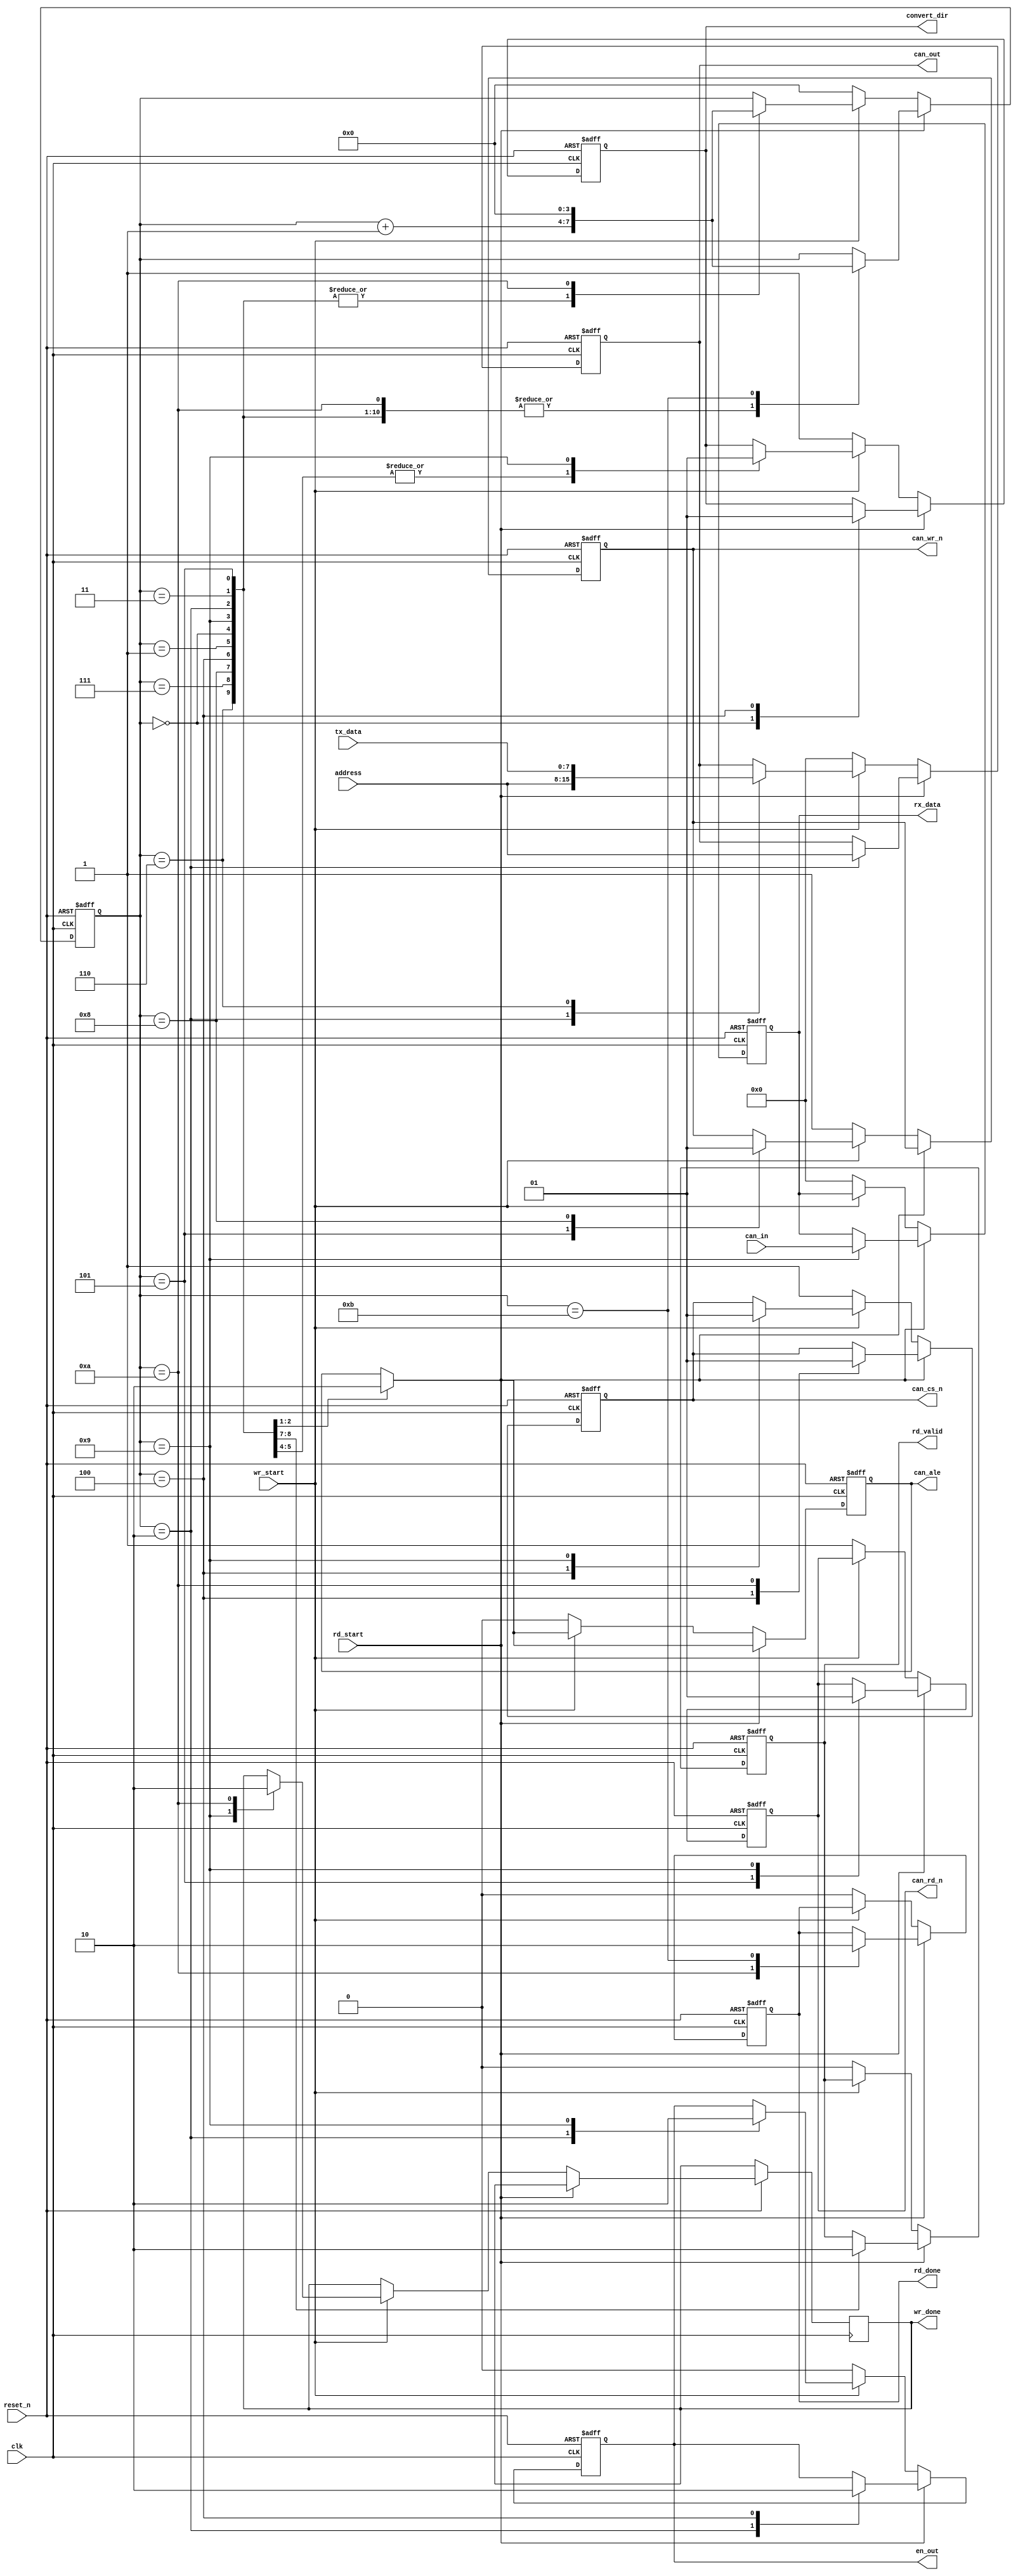
module can_rw(
	input		clk,
	input 		reset_n,
	input		rd_start,
	input		wr_start,
	input[7:0]	address,
	input[7:0]	tx_data,
	
	input[7:0]	can_in,
	output reg[7:0]	rx_data,
	output reg		en_out,		//˫Ǹ̬
	output reg[7:0]	can_out,
	output reg		rd_valid,
	output reg		convert_dir,
	output reg 		can_ale,
	output reg 		can_wr_n,can_rd_n,can_cs_n,
	
	//output reg 		can_rst,
	
	output reg		rd_done,wr_done
    );
	
	reg[3:0] 	op_state;
	
	always @ (posedge clk or negedge reset_n)
		if(!reset_n)
			begin
			op_state		<= 4'd0;
			convert_dir		<= 1'b1;
			en_out			<= 1'b0;
			can_out			<= 8'd0;
			can_ale			<= 1'b0;
			can_cs_n		<= 1'b1;
			can_rd_n		<= 1'b1;
			rd_valid		<= 1'b0;
			rx_data			<= 8'd0;
			rd_done			<= 1'b0;
			
			can_wr_n		<= 1'b1;
			end
		else if(rd_start)
			case(op_state)
			4'd0:
				begin
				convert_dir	<= 1'b0;
				op_state	<= op_state + 1'b1;
				end
			4'd1,4'd6:
				op_state	<= op_state + 1'b1;
			4'd2:
				begin
				can_out		<= address;
				en_out		<= 1'b1;
				can_ale		<= 1'b1;
				op_state	<= op_state + 1'b1;
				end
			4'd3:
				begin
				can_ale		<= 1'b0;
				op_state	<= op_state + 1'b1;
				end
			4'd4:
				begin
				can_cs_n	<= 1'b0;
				en_out		<= 1'b0;
				convert_dir	<= 1'b1;
				op_state	<= op_state + 1'b1;
				end
			4'd5:
				begin
				can_rd_n	<= 1'b0;
				op_state	<= op_state + 1'b1;
				end
			
			4'd7:
				begin
				rd_valid	<= 1'b1;
				op_state	<= op_state + 1'b1;
				end
			4'd8:
				begin
				rd_valid	<= 1'b0;
				op_state	<= op_state + 1'b1;
				end
			4'd9:
				begin
				rx_data		<= can_in;
				can_rd_n	<= 1'b1;
				op_state	<= op_state + 1'b1;
				end
			4'd10:
				begin
				can_cs_n	<= 1'b1;
				op_state	<= op_state + 1'b1;
				rd_done		<= 1'b1;
				end
			4'd11:
				begin
				op_state	<= 4'd0;
				rd_done		<= 1'b0;
				end
			default:;
			endcase
		else if(wr_start)
			case(op_state)
			4'd0,4'd1:
				begin
				convert_dir	<= 1'b0;
				op_state	<= op_state + 1'b1;
				end
			4'd2:
				begin
				can_out		<= address;
				can_ale		<= 1'b1;
				en_out		<= 1'b1;
				op_state	<= op_state + 1'b1;				
				end
			4'd3:
				begin
				can_ale		<= 1'b10;
				op_state	<= op_state + 1'b1;
				end
			4'd4:
				begin
				can_cs_n	<= 1'b0;
				op_state	<= op_state + 1'b1;
				end
			4'd5:
				begin
				can_wr_n	<= 1'b0;
				op_state	<= op_state + 1'b1;
				end
			4'd6:
				begin
				can_out		<= tx_data;
				op_state	<= op_state + 1'b1;
				end
			4'd7:
				op_state	<= op_state + 1'b1;
			4'd8:
				begin
				can_wr_n	<= 1'b1;
				op_state	<= op_state + 1'b1;
				end
			4'd9:
				begin
				can_cs_n	<= 1'b1;
				wr_done		<= 1'b1;
				en_out		<= 1'b0;
				convert_dir	<= 1'b1;
				op_state	<= op_state + 1'b1;
				end
			4'd10:
				begin
				wr_done		<= 1'b0;
				op_state	<= 4'd0;
				end
			default:;
			endcase
		else
			begin
			op_state		<= 0;
			convert_dir		<= 1'b1;
			en_out			<= 1'b0;
			can_out			<= 8'd0;
			can_ale			<= 1'b0;
			can_cs_n		<= 1'b1;
			can_rd_n		<= 1'b1;
			rd_valid		<= 1'b0;
			rx_data			<= 8'd0;
			rd_done			<= 1'b0;
			can_wr_n		<= 1'b1;
			end
			
			
endmodule